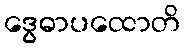
ဒွေဓာပထောတိ